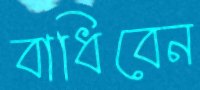
বাধিবেন